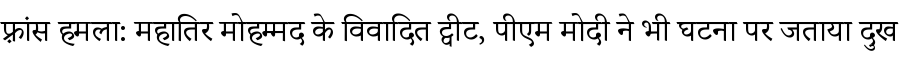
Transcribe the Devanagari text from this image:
फ़्रांस हमला: महातिर मोहम्मद के विवादित ट्वीट, पीएम मोदी ने भी घटना पर जताया दुख